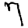
Digit: 7